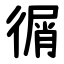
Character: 㣯